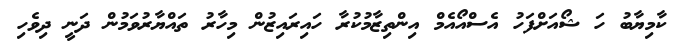
ކާމިޔާބު ހަ ޝޯއަށްފަހު އެސްއޯއެމް އިންތިޒާމުކުރާ ހައިރައިޒުން މިހާރު ތައްޔާރުވަމުން ދަނީ ދިވެހި